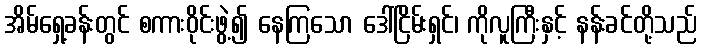
အိမ်ရှေ့ခန်းတွင် စကားဝိုင်းဖွဲ့၍ နေကြသော ဒေါ်ငြိမ်းရှင်၊ ကိုလူကြီးနှင့် နန်းခင်တို့သည်